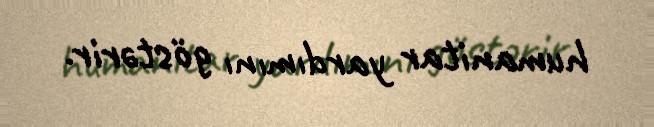
humanitar yardımını göstərir.